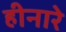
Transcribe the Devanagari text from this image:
हीनारे